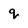
Character: q